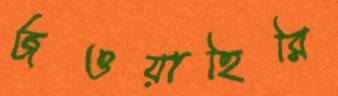
জওয়াহিরি